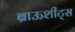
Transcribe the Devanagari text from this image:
ब्राऊशीट्स